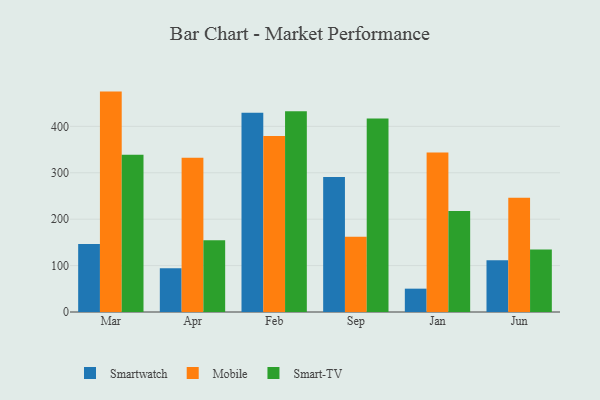
{"axis": {"x": "Month", "y": "Gross Profit (USD K)"}, "legend": ["Mobile", "Smart-TV", "Smartwatch"], "data": [{"x": "Mar", "y": 146.7, "type": "Smartwatch"}, {"x": "Mar", "y": 474.9, "type": "Mobile"}, {"x": "Mar", "y": 338.8, "type": "Smart-TV"}, {"x": "Apr", "y": 94.0, "type": "Smartwatch"}, {"x": "Apr", "y": 332.2, "type": "Mobile"}, {"x": "Apr", "y": 154.5, "type": "Smart-TV"}, {"x": "Feb", "y": 429.2, "type": "Smartwatch"}, {"x": "Feb", "y": 379.3, "type": "Mobile"}, {"x": "Feb", "y": 432.8, "type": "Smart-TV"}, {"x": "Sep", "y": 290.9, "type": "Smartwatch"}, {"x": "Sep", "y": 162.1, "type": "Mobile"}, {"x": "Sep", "y": 416.7, "type": "Smart-TV"}, {"x": "Jan", "y": 50.3, "type": "Smartwatch"}, {"x": "Jan", "y": 343.5, "type": "Mobile"}, {"x": "Jan", "y": 217.6, "type": "Smart-TV"}, {"x": "Jun", "y": 111.6, "type": "Smartwatch"}, {"x": "Jun", "y": 246.0, "type": "Mobile"}, {"x": "Jun", "y": 134.7, "type": "Smart-TV"}]}